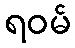
ရဝမ်